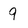
Character: 9